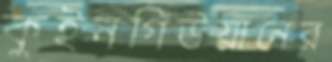
কুইনগিউয়ানের